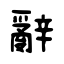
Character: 辭